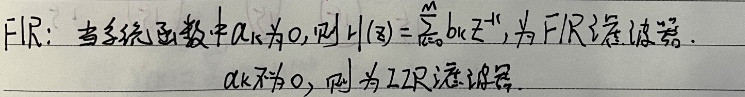
FIR：当系统函数中$a_{k}$为0,则$H(z)=\sum_{k = 0}^{M}b_{k}z^{-k}$,为FIR滤波器.$a_{k}$不为0,则为IIR滤波器.